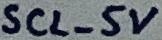
Text: SCL_5V